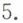
5.